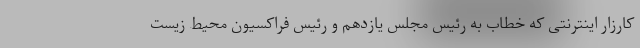
کارزار اینترنتی که خطاب به رئیس مجلس یازدهم و رئیس فراکسیون محیط زیست